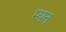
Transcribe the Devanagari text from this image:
म्यन